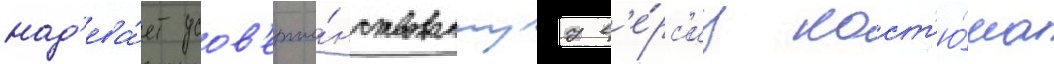
над'ева́ет усов'ерше́нствованнуу в'е́рс'иу кост'ю́ма